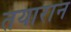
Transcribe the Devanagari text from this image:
तयारान